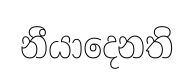
නීයාදෙනති